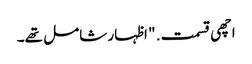
اچھی قسمت. " اظہار شامل تھے۔